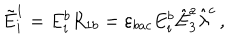
\tilde { E } _ { i } ^ { 1 } = E _ { i } ^ { b } R _ { 1 b } = \varepsilon _ { b a c } E _ { i } ^ { b } \hat { E } _ { 3 } ^ { a } \hat { \lambda } ^ { c } \, ,